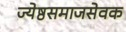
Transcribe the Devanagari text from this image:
ज्येष्ठसमाजसेवक